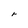
Character: r